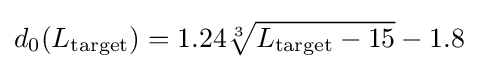
d_{0}(L_{\text{target}})=1.24{\sqrt[{3}]{L_{\text{target}}-15}}-1.8